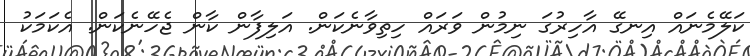
ކަލޭމެނައް އިނގޭ އާހިރުގަ ނިމުން ވަރައް ހިތިވާނެކަން. އަލިފާން ކާން ޖެހޭނެކަން. އެކަމަކު